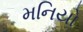
મનિયો